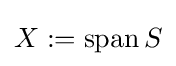
X:=\operatorname {span} S